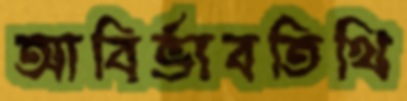
আবির্ভাবতিথি